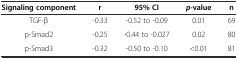
<table><thead><tr><td><b>Signaling component</b></td><td><b>r</b></td><td><b>95% CI</b></td><td><b><i>p</i>-value</b></td><td><b>n</b></td></tr></thead><tbody><tr><td>TGF-β</td><td>-0.33</td><td>-0.52 to -0.09</td><td>0.01</td><td>69</td></tr><tr><td>p-Smad2</td><td>-0.25</td><td>-0.44 to -0.027</td><td>0.02</td><td>80</td></tr><tr><td>p-Smad3</td><td>-0.32</td><td>-0.50 to -0.10</td><td>&lt;0.01</td><td>81</td></tr></tbody></table>